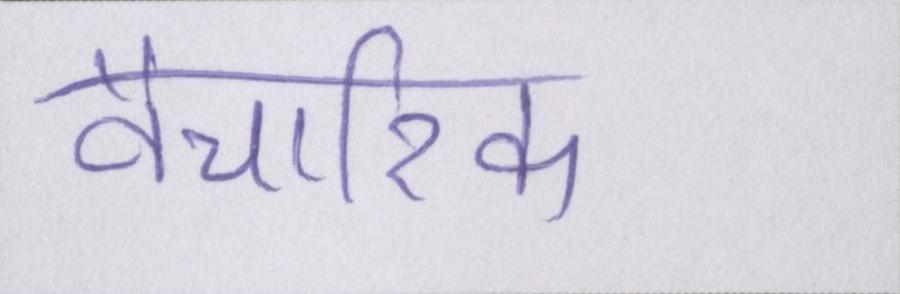
वैचारिक